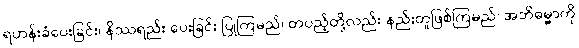
ရဟန်းခံပေးခြင်း၊ နိဿရည်း ပေးခြင်း ပြုကြမည်၊ တပည့်တို့လည်း နည်းတူဖြစ်ကြမည်၊ အဘိဓမ္မာကို